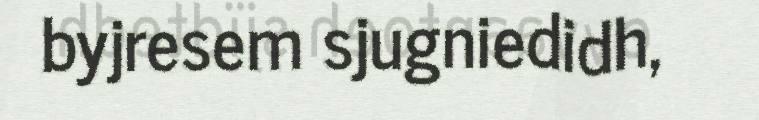
byjresem sjugniedidh,